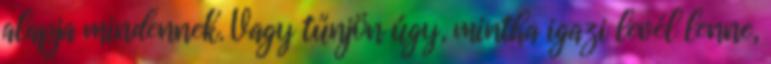
alapja mindennek. Vagy tűnjön úgy, mintha igazi levél lenne,